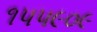
૧૫૫૯૦૯